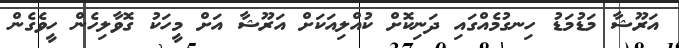
އަރޫޝާ މަޑުމަޑު ހިނގުމެއްގައި ދަނިކޮށް ކުއްލިއަކަށް އަރޫޝާ އަށް މީހަކު ގޮވާލިހެން ހީވެގެން